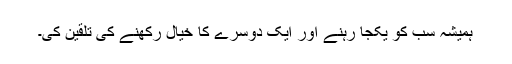
ہمیشہ سب کو یکجا رہنے اور ایک دوسرے کا خیال رکھنے کی تلقین کی۔